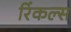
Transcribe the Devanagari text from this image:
रिंकल्स